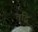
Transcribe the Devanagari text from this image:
वृद्बि